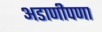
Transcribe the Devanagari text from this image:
अडाणीपणा